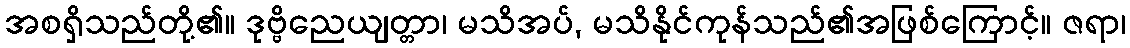
အစရှိသည်တို့၏။ ဒုဗ္ဗိညေယျတ္တာ၊ မသိအပ်, မသိနိုင်ကုန်သည်၏အဖြစ်ကြောင့်။ ဇရာ၊